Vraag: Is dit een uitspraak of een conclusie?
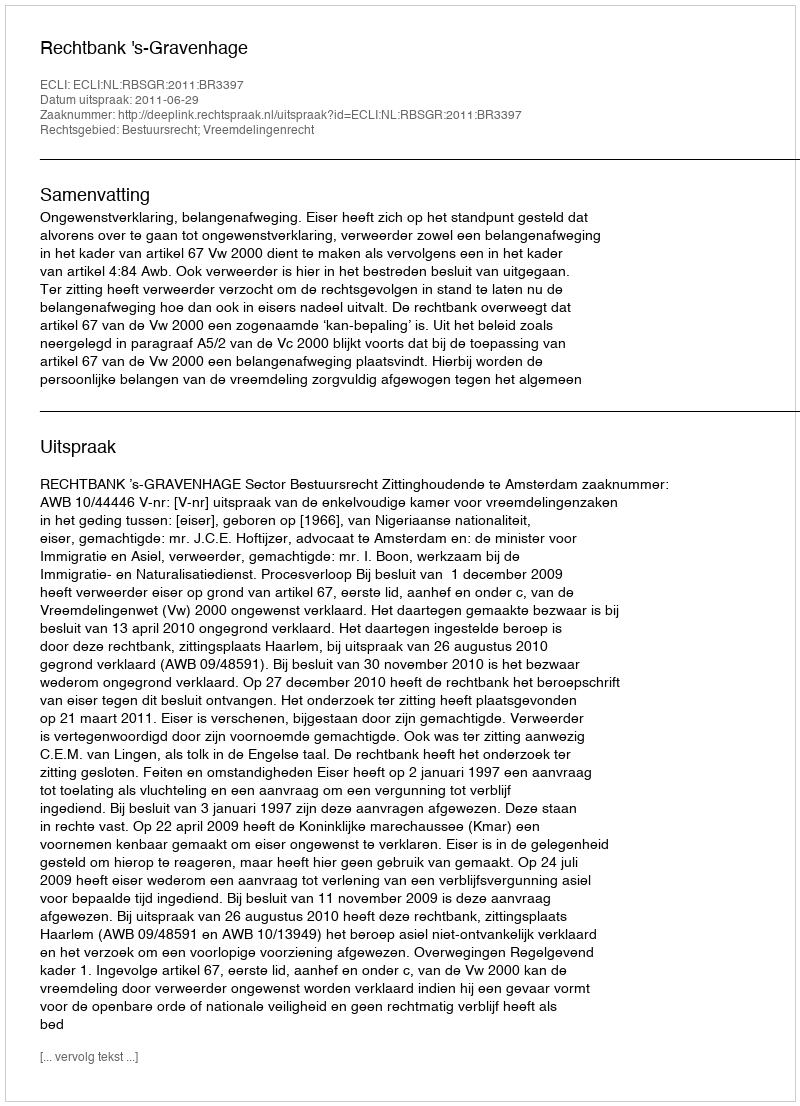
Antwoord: Uitspraak